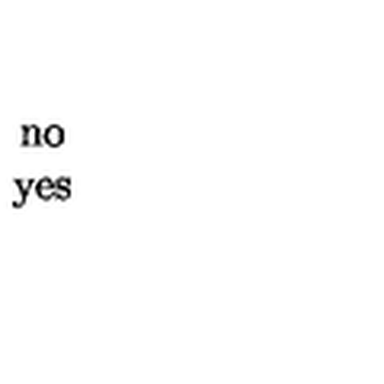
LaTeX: \begin{array} { c } { \mathrm { n o } } \\ { \mathrm { y e s } } \\ \end{array}